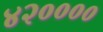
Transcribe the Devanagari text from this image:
४२००००